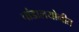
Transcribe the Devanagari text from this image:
चांडालयोनीत